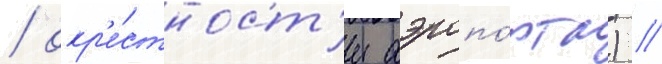
/ окр'е́стност'и аэропо́рта) //